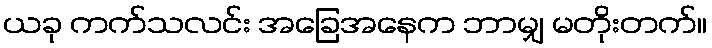
ယခု ကက်သလင်း အခြေအနေက ဘာမျှ မတိုးတက်။